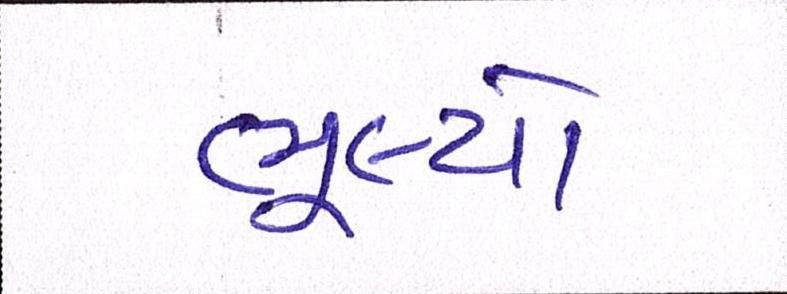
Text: ભૂલ્યો